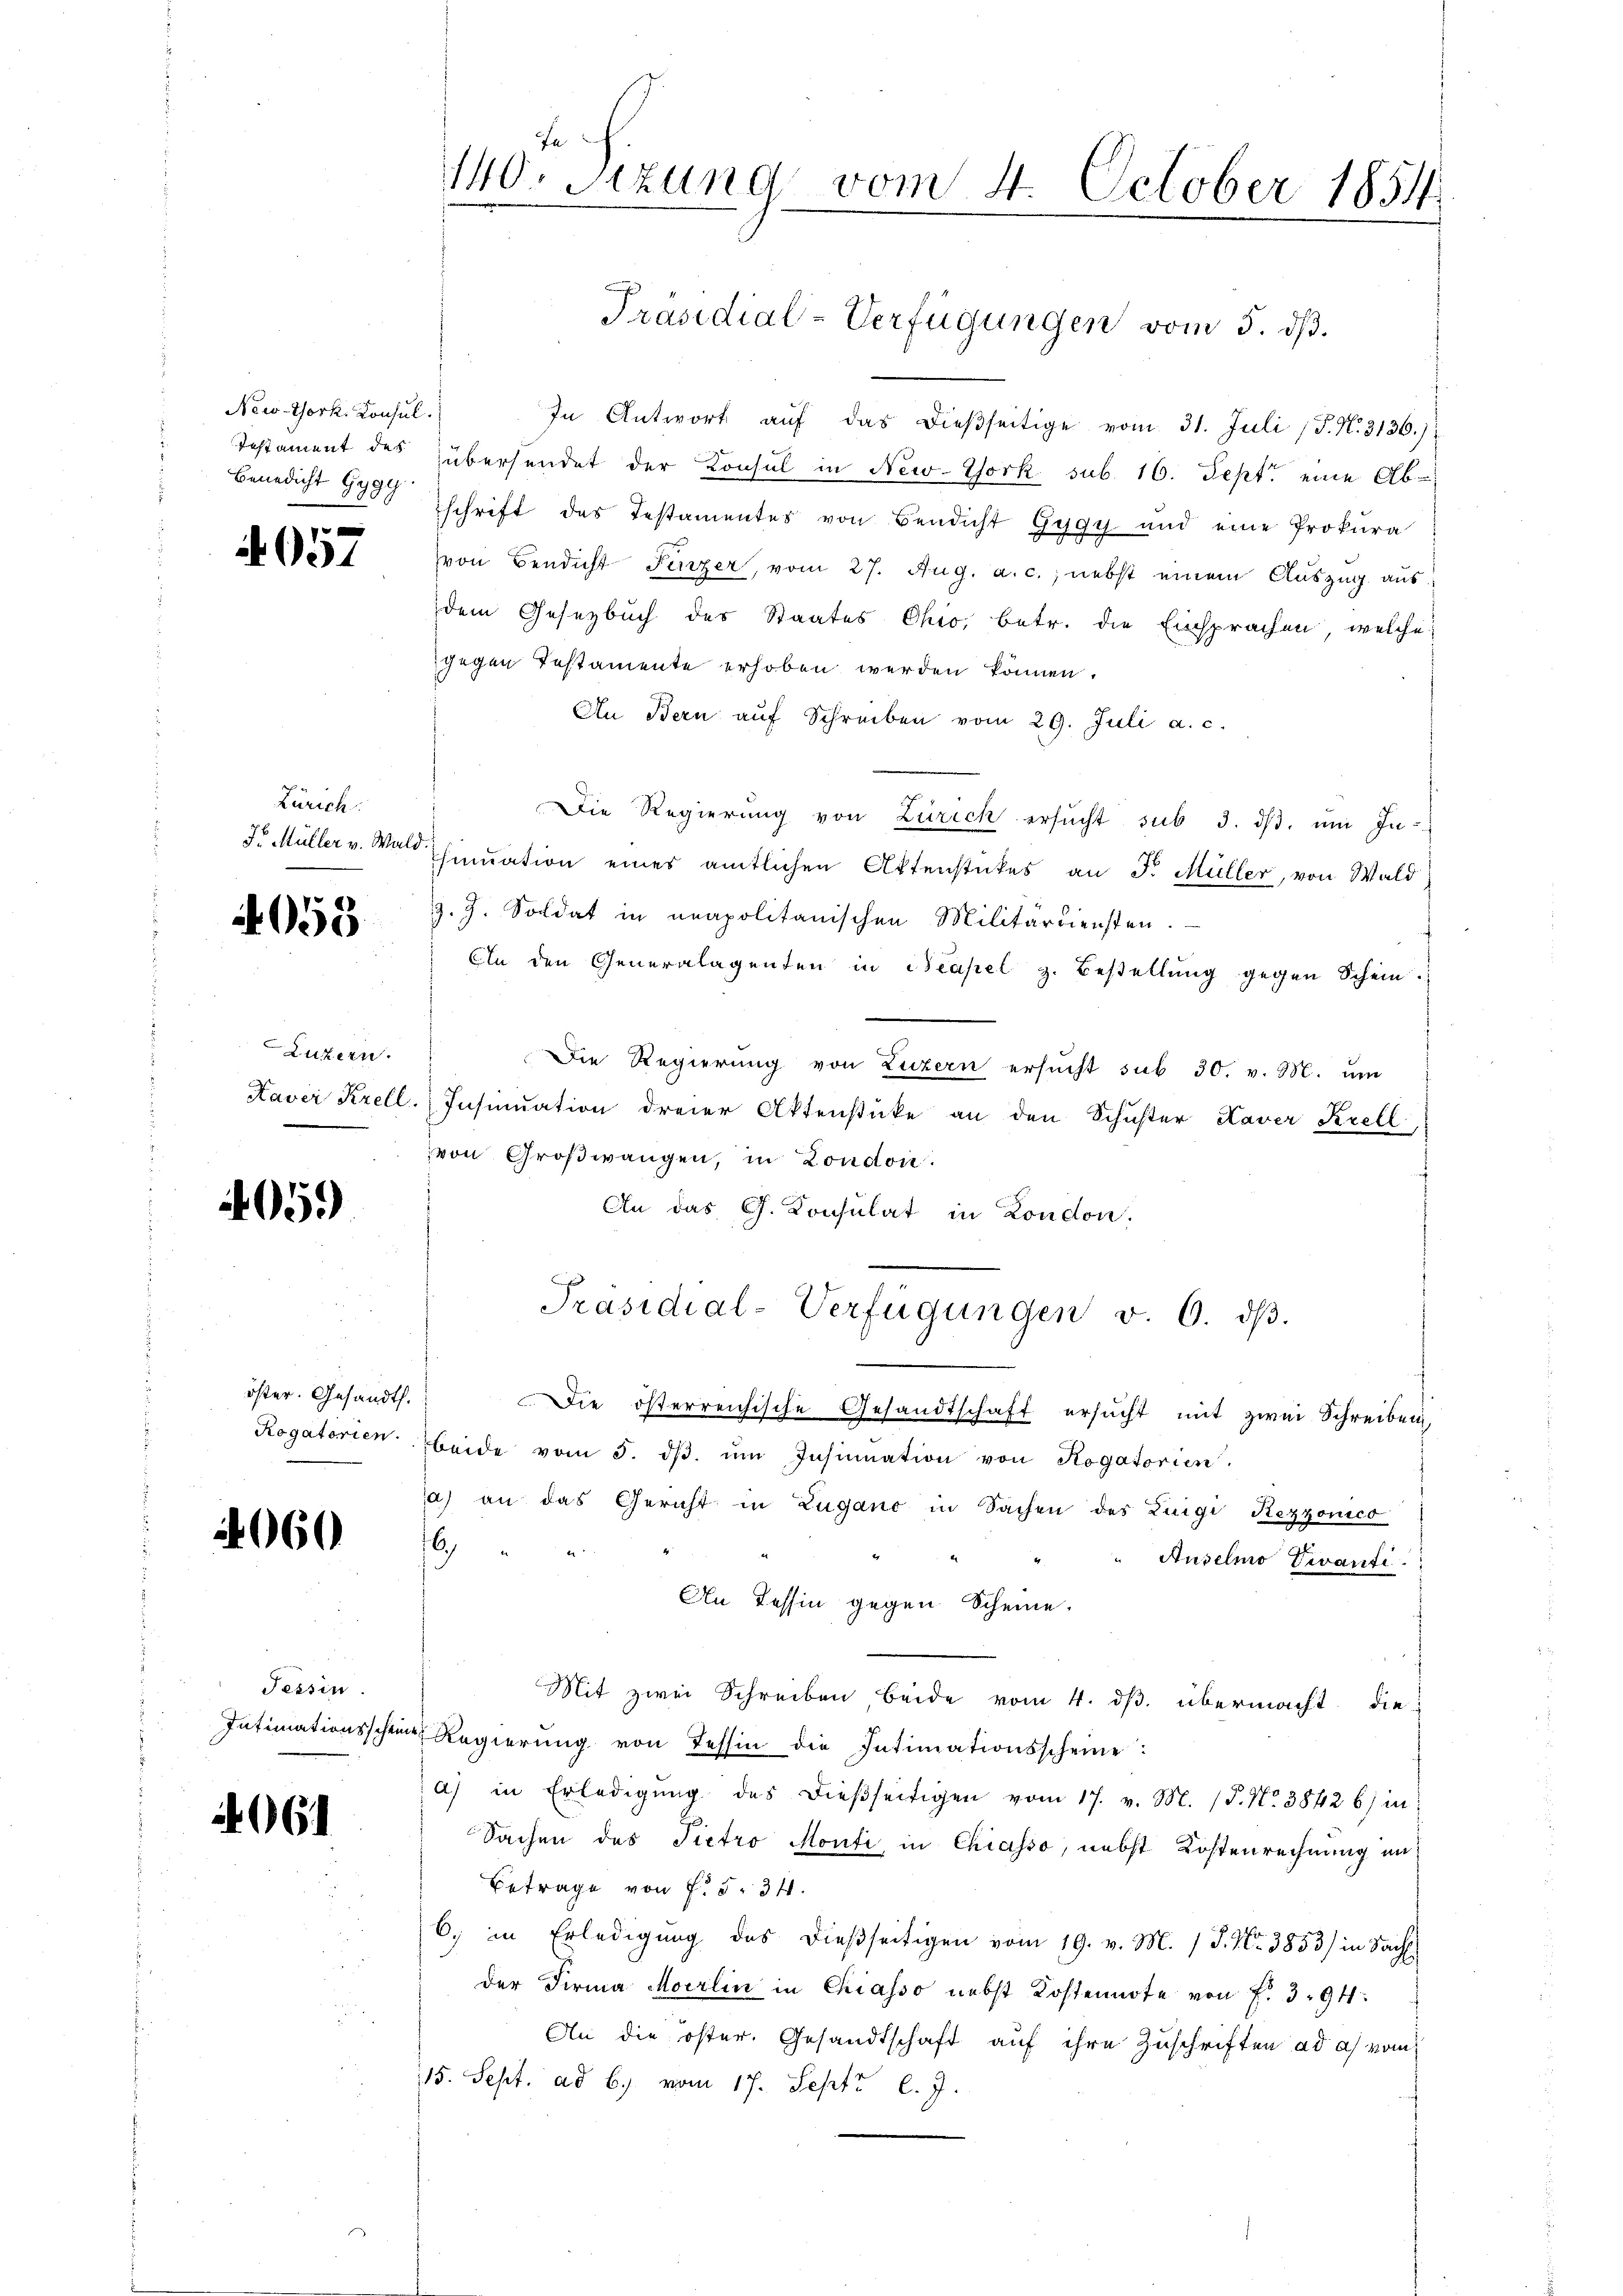
New-York, Konsul
Testament des
Benedicht Gyge

057

Zürich

4053.

Luzern.
Kaver Krell.

405)

öster. Gesandt.
Rogatorien.

060

Tessin
Intimationsschei

6

Ja
140. Sizung vom 4. October 1854

In Antwort auf das dießseitige vom 31. Juli (T. N. 3136.)
übersendet der Konsul in New-York sub. 16. Sept. eine Ab-
schrift des Testamentes von Bendicht Gygy und eine Prokura
von Bendicht Fenzer, vom 27. Aug. a. c., nebst einem Auszug aus
dem Gesetzbuch des Staates Chio, betr. die Einsprachen, welche
gegen Testamente erhoben werden können.
An Bern aŭf Schreiben vom 29. Juli a. c.
Die Regierŭng von Zürich ersŭcht sub 3. dβ. ŭm In-
Dr. Müller v. Wald hination eines amtlichen Aktenstückes an F. Müller, von Wald
J. J. Soldat in neapolitanischen Militärdiensten.
An den Generalagenten in Neapel z. Bestellung gegen Schein.
Die Regierung von Luzern ersucht sub 30. v. M. um
Insinuation dreier Aktenstücke an den Schuster Kaver Kretl
von Großwangen, in London.
An das Ch. Konsulat in London,
Präsidial-Verfügungen v. 6. dβ.
Die österreichische Gesandtschaft ersucht mit zwei Schreiben,
beide vom 5. dβ ŭm Insinuation von Rogatorien.
a) an das Gericht in Zugano in Sachen des Luigi Rezzonico
6
4
Auselmo Divanti.
An Tessin gegen Scheine.
Mit zwei Schreiben beide vom 4. ds. übermacht die
 Regierŭng von Tessin die Intimationsscheine:
a) in Erledigung des dießseitigen vom 17. v. M. 18. No. 3842 6) in
Sachen des Pietro Monti, in Chiasso, nebst Kostenrechnung un
Betrage von f. § 34.
6. in Erledigung des dießseitigen vom 19. v. M. P. Nr. 3853/ in Sach
der Firma Moerlin in Chiasso nebst Kostennote von f. 394.
An die öster. Gesandtschaft auf ihre Zuschriften ad a) vom
15. Sept. ad b.) vom 17. Sept. l. J.

Präsidial-Verfügungen vom 5. dß.